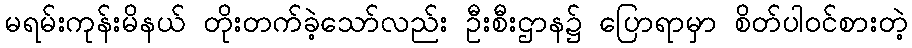
မရမ်းကုန်းမိနယ် တိုးတက်ခဲ့သော်လည်း ဦးစီးဌာန၌ ပြောရာမှာ စိတ်ပါဝင်စားတဲ့